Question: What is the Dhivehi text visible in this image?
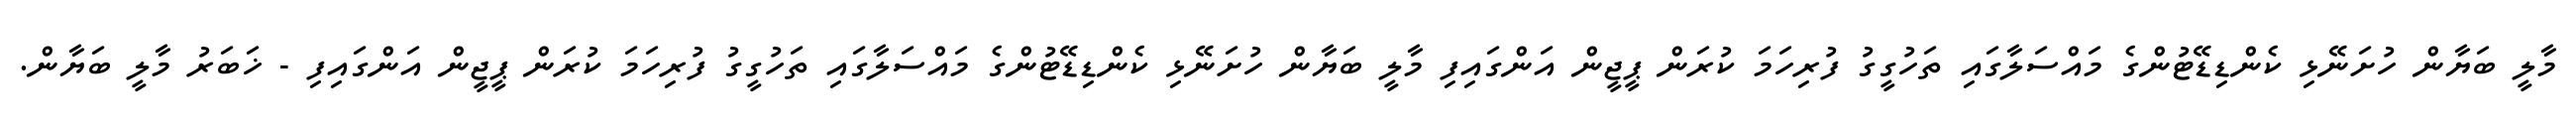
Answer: މާލީ ބަޔާން ހުށަނޭޅި ކެންޑިޑޭޓުންގެ މައްސަލާގައި ތަހުގީގު ފުރިހަމަ ކުރަން ޕީޖީން އަންގައިފި މާލީ ބަޔާން ހުށަނޭޅި ކެންޑިޑޭޓުންގެ މައްސަލާގައި ތަހުގީގު ފުރިހަމަ ކުރަން ޕީޖީން އަންގައިފި - ޚަބަރު މާލީ ބަޔާން.